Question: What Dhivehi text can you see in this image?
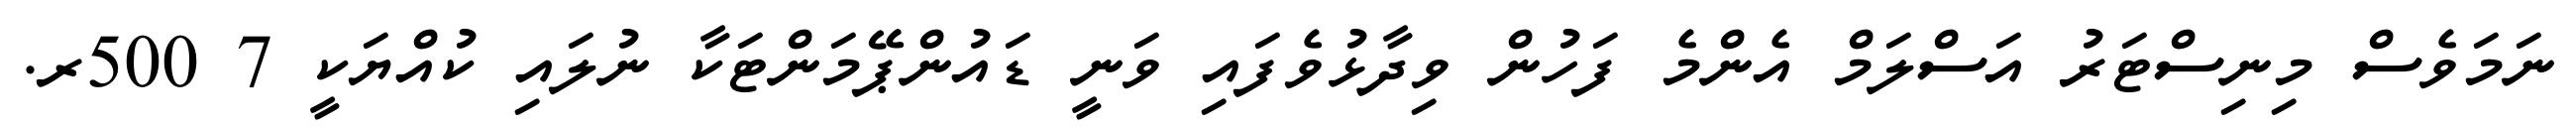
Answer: ނަމަވެސް މިނިސްޓަރު އަސްލަމް އެންމެ ފަހުން ވިދާޅުވެފައި ވަނީ ޑައުންޕޭމަންޓަކާ ނުލައި ކުއްޔަކީ 7 500ރ.